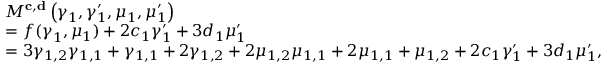
\begin{array} { r l } & { M ^ { \mathbf { c } , \mathbf { d } } \left( \boldsymbol { \gamma } _ { 1 } , \gamma _ { 1 } ^ { \prime } , \boldsymbol { \mu } _ { 1 } , \mu _ { 1 } ^ { \prime } \right) } \\ & { = f ( \boldsymbol { \gamma } _ { 1 } , \boldsymbol { \mu } _ { 1 } ) + 2 c _ { 1 } \gamma _ { 1 } ^ { \prime } + 3 d _ { 1 } \mu _ { 1 } ^ { \prime } } \\ & { = 3 \gamma _ { 1 , 2 } \gamma _ { 1 , 1 } + \gamma _ { 1 , 1 } + 2 \gamma _ { 1 , 2 } + 2 \mu _ { 1 , 2 } \mu _ { 1 , 1 } + 2 \mu _ { 1 , 1 } + \mu _ { 1 , 2 } + 2 c _ { 1 } \gamma _ { 1 } ^ { \prime } + 3 d _ { 1 } \mu _ { 1 } ^ { \prime } , } \end{array}